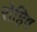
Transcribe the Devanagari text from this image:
रोहिष